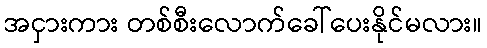
အငှားကား တစ်စီးလောက်ခေါ်ပေးနိုင်မလား။